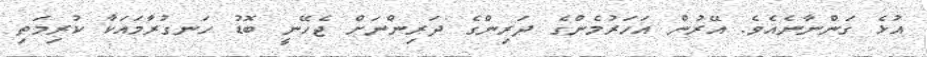
އުޅެ ގަންނާނެއެވެ. އޭރުން އަހަރުމެންގެ ދަރިންގެ ދަރިންނަށް ޖެހޭނީ ބޮޑު ހަނގުރާމައަކާ ކުރިމަތި